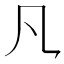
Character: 𪛝